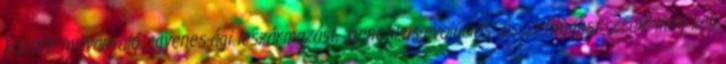
közötti nyilvánvaló egyenes-ági leszármazást, „genetikus-evolúciós” összefüggést, „csak” meg kell